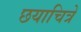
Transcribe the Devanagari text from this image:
छयाचित्रे